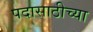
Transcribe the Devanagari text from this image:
पदासाठीच्या